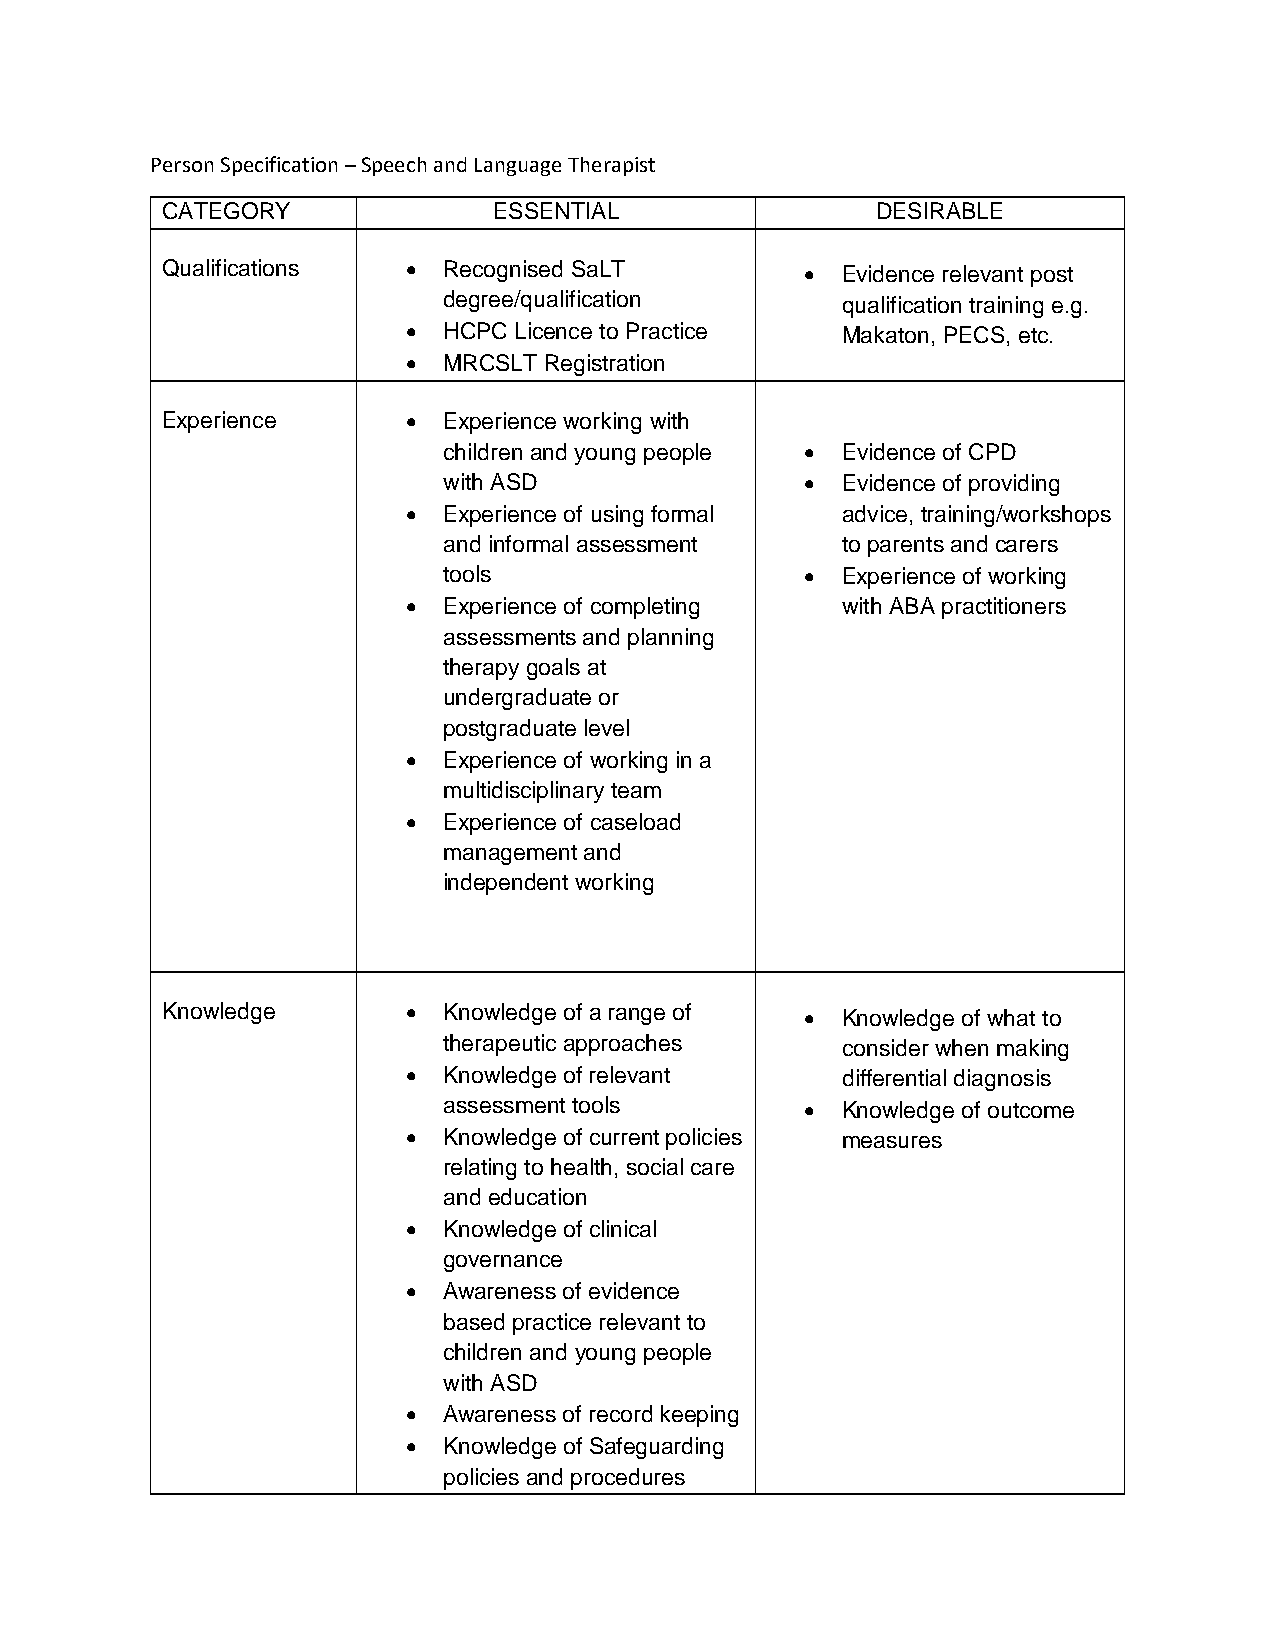
Person Specification – Speech and Language Therapist
 CATEGORY              ESSENTIAL                DESIRABLE
 Qualifications   Recognised SaLT           Evidence relevant post
 degree/qualification       qualification training e.g.
  HCPC Licence to Practice   Makaton, PECS, etc.
  MRCSLT Registration
 Experience       Experience working with
 children and young people  Evidence of CPD
 with ASD                  Evidence of providing
  Experience of using formal advice, training/workshops
 and informal assessment    to parents and carers
 tools                     Experience of working
  Experience of completing   with ABA practitioners
 assessments and planning
 therapy goals at
 undergraduate or
 postgraduate level
  Experience of working in a
 multidisciplinary team
  Experience of caseload
 management and
 independent working
 Knowledge        Knowledge of a range of   Knowledge of what to
 therapeutic approaches     consider when making
  Knowledge of relevant      differential diagnosis
 assessment tools          Knowledge of outcome
  Knowledge of current policies measures
 relating to health, social care
 and education
  Knowledge of clinical
 governance
  Awareness of evidence
 based practice relevant to
 children and young people
 with ASD
  Awareness of record keeping
  Knowledge of Safeguarding
 policies and procedures